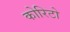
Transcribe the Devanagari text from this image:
कोरिटो